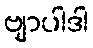
ဗျာပါဒါ